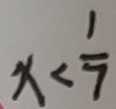
x < \frac { 1 } { 7 }